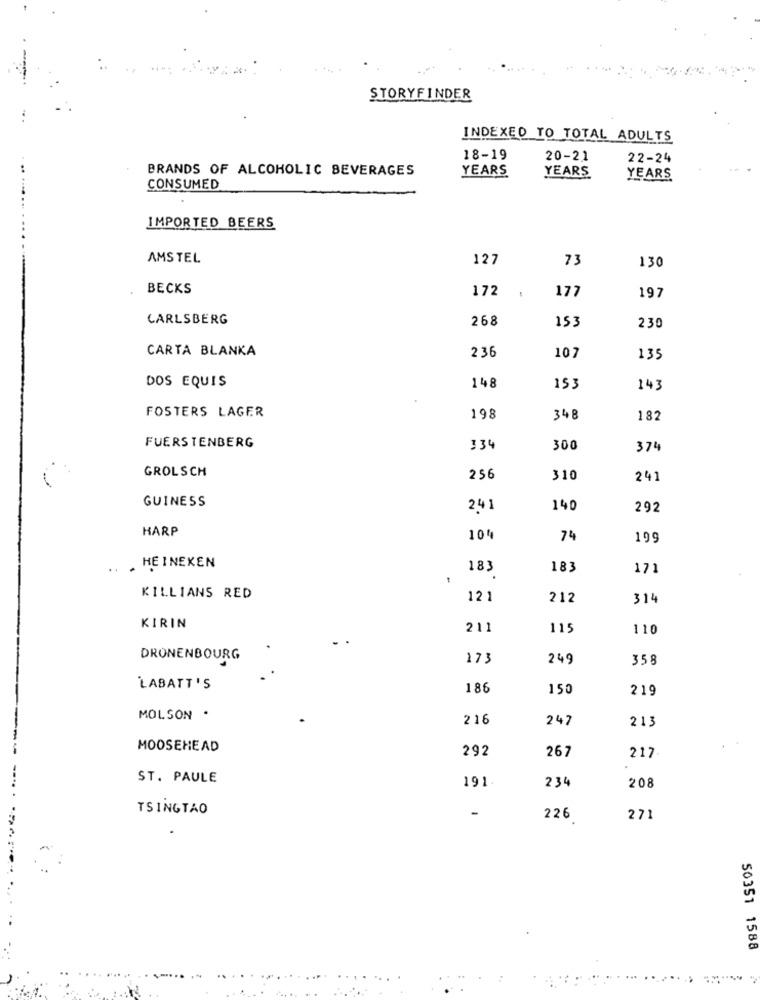
STORYFINDER
INDEXED TO TOTAL ADULTS
18-19
20-21
22-24
BRANDS OF ALCOHOLIC BEVERAGES
YEARS
YEARS
YEARS
CONSUMED
IMPORTED BEERS
...
AMSTEL
127
73
130
BECKS
172
177
197
CARLSBERG
268
153
230
CARTA BLANKA
236
107
135
DOS EQUIS
148
153
143
FOSTERS LAGER
198
348
182
FUERSTENBERG
334
300
374
GROLSCH
256
310
241
GUINESS
241
140
292
HARP
104
74
199
..
. HEINEKEN
183
183
171
KILLIANS RED
121
212
314
KIRIN
211
115
110
DRONENBOURG
173
249
358
LABATT'S
186
150
219
MOLSON .
216
247
213
MOOSEHEAD
292
267
217
ST. PAULE
191.
234
208
TSINGTAO
226
271
50351 1588